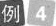
例4